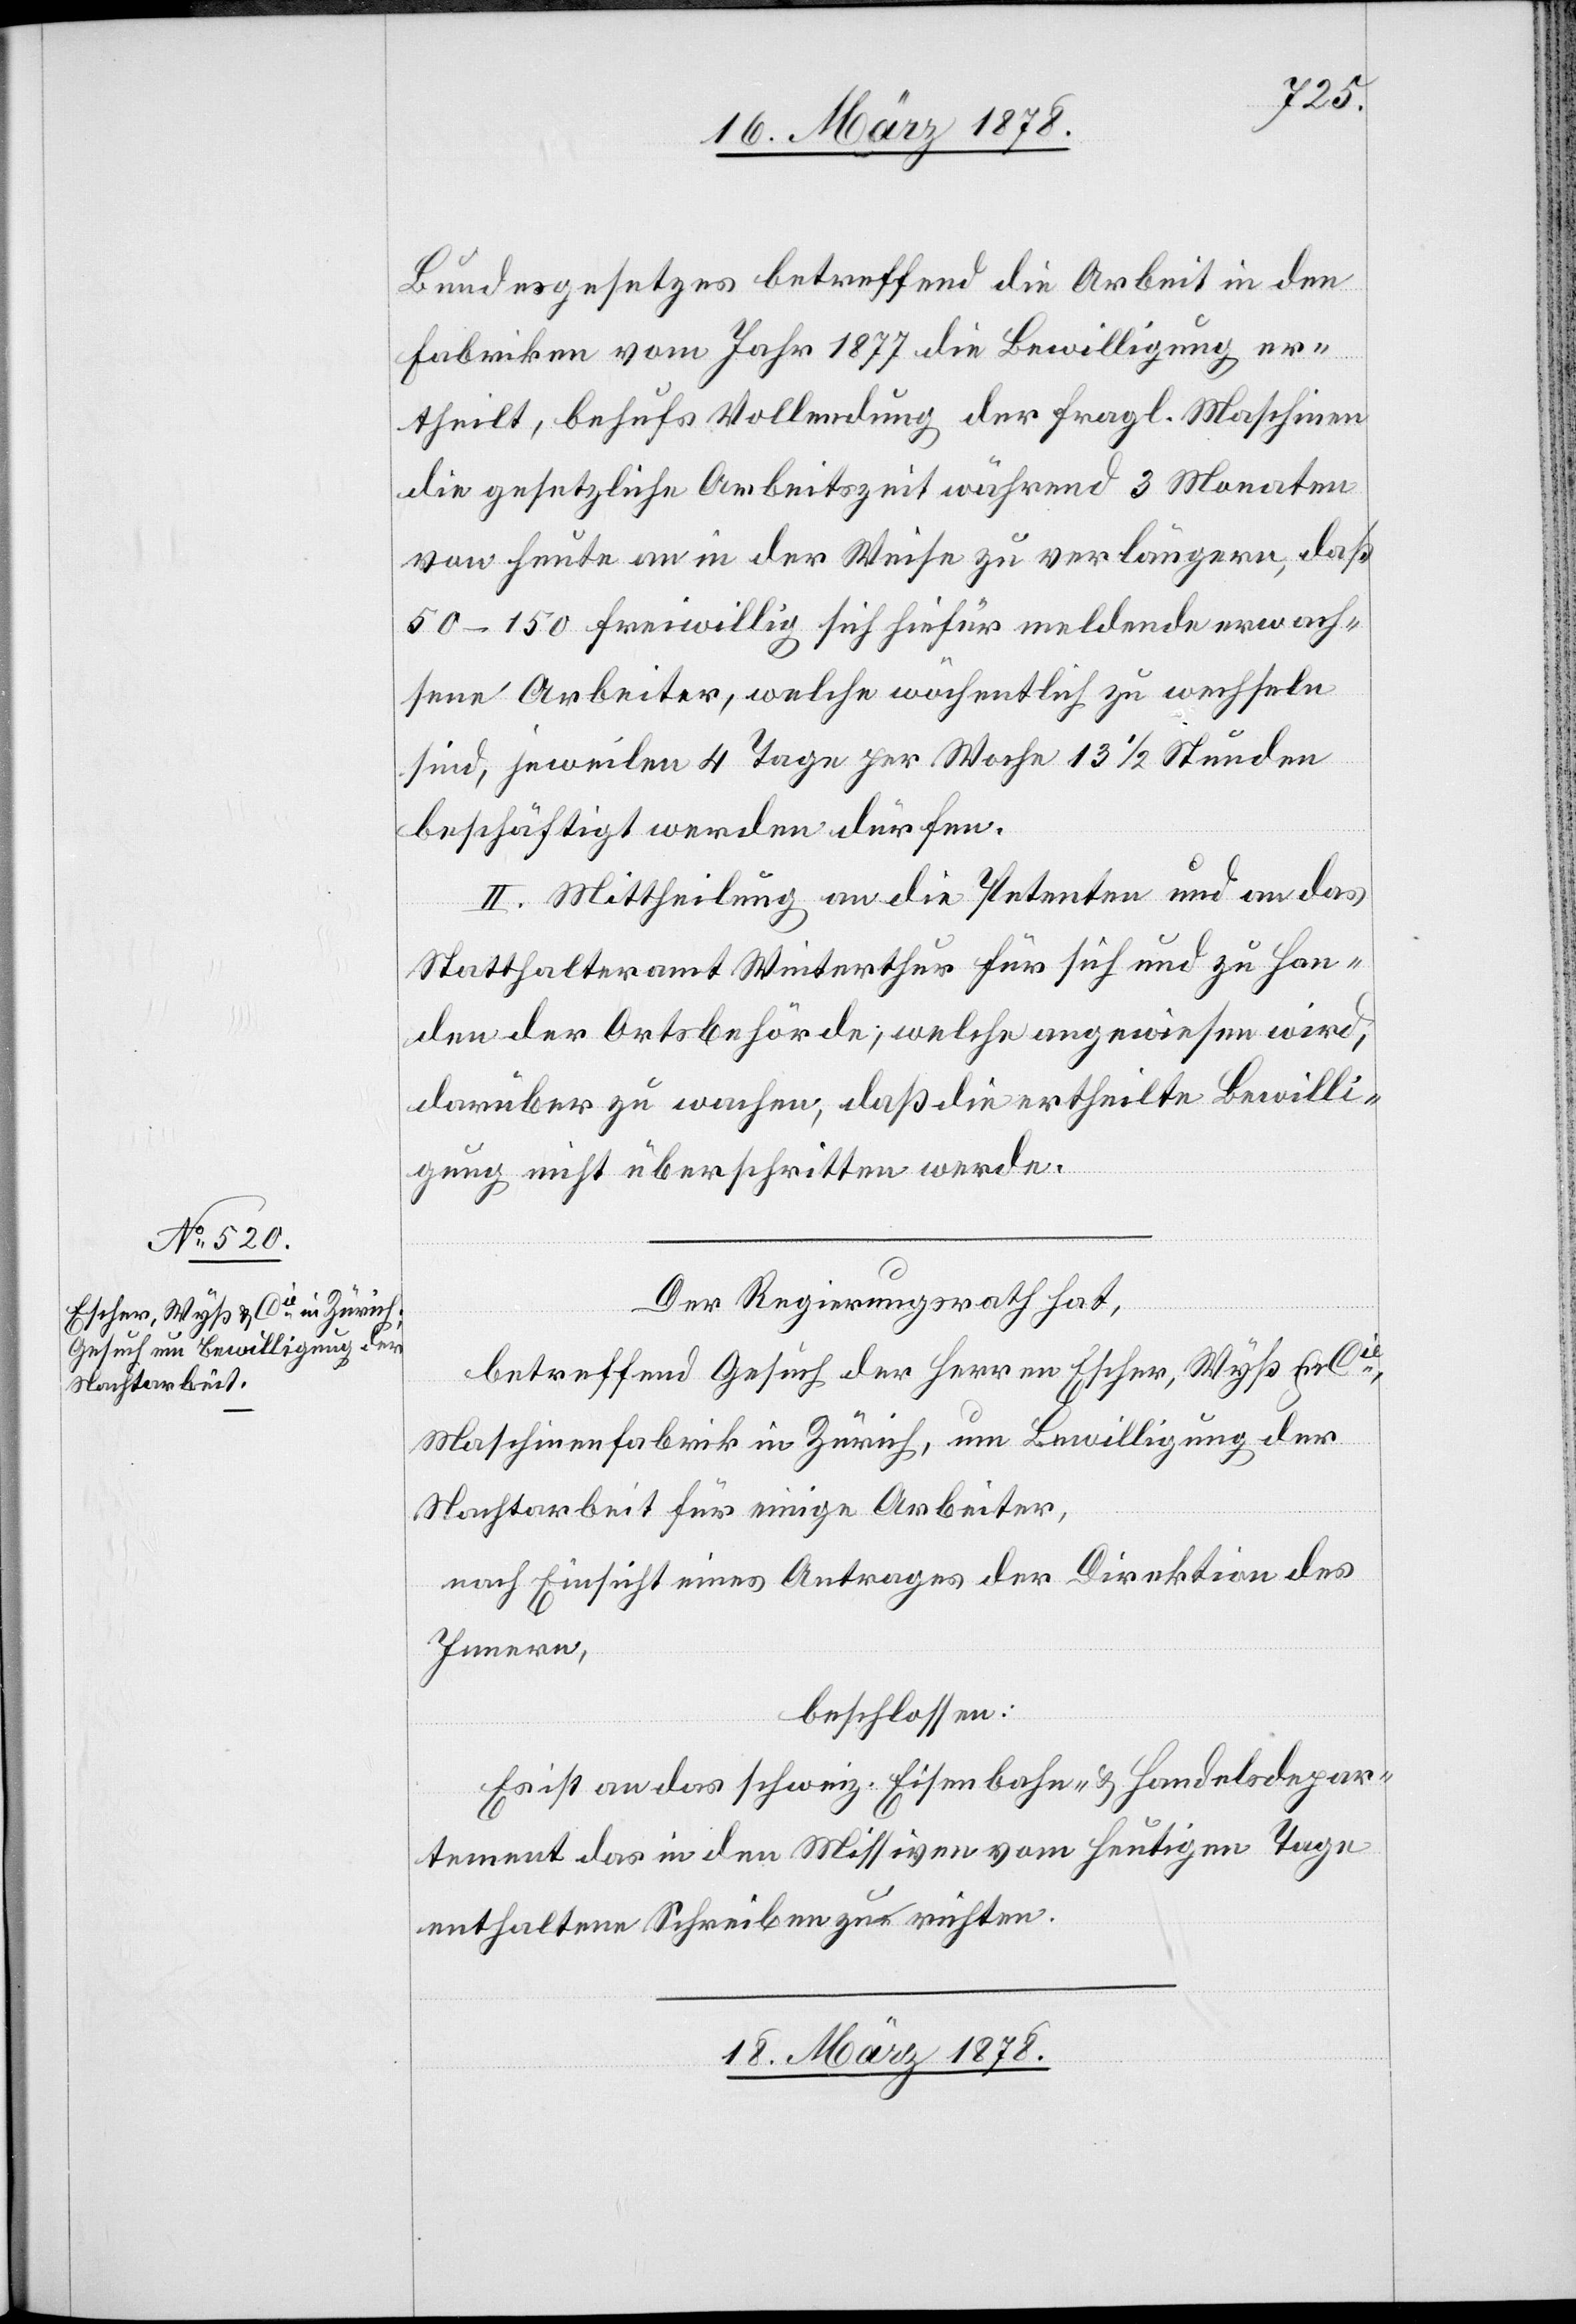
16. März 1878.]
Bundesgesetzes betreffend die Arbeit in den
Fabriken vom Jahr 1877 die Bewilligung er¬
theilt, behufs Vollendung der fragl. Maschinen
die gesetzliche Arbeitszeit während 3 Monaten
von heute an in der Weise zu verlängern, daß
50–150 freiwillig sich hiefür meldende erwach¬
sene Arbeiter, welche wöchentlich zu wechseln
sind, jeweilen 4 Tage per Woche 13 1/2 Stunden
beschäftigt werden dürfen.
II. Mittheilung an die Petenten und an das
Statthalteramt Winterthur für sich und zu Han¬
den der Ortsbehörde; welche angewiesen wird,
darüber zu wachen, daß die ertheilte Bewilli¬
gung nicht überschritten werde.
Der Regierungsrath hat,
betreffend Gesuch der Herren Escher, Wyß & Cie,
Maschinenfabrik in Zürich, um Bewilligung der
Nachtarbeit für einige Arbeiter,
nach Einsicht eines Antrages der Direktion des
Innern,
beschlossen:
Es ist an das schweiz. Eisenbahn- & Handelsdepar¬
tement das in den Missiven vom heutigen Tage
enthaltene Schreiben zu richten.
18. März 1878.